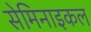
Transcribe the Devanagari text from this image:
सेमिनाइकल